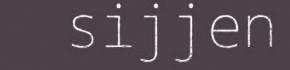
sijjen